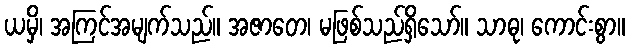
ယမှိ၊ အကြင်အမျက်သည်။ အဇာတေ၊ မဖြစ်သည်ရှိသော်။ သာဓု၊ ကောင်းစွာ။